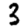
Digit: 3